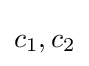
c_{1},c_{2}